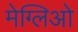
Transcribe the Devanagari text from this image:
मेग्लिओ